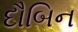
દૌબિન